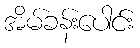
အိမ်ခန်းပေါင်း